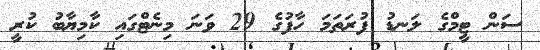
ސަން ޓީމްގެ ލަނޑު ފުރަތަމަ ހާފުގެ 29 ވަނަ މިނެޓްގައި ކާމިޔާބު ކުރީ